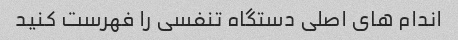
اندام های اصلی دستگاه تنفسی را فهرست کنید